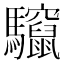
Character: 𮪠